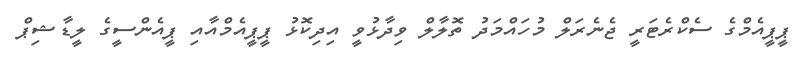
ޕީޕީއެމްގެ ސެކްރެޓަރީ ޖެނެރަލް މުހައްމަދު ތޮލާލް ވިދާޅުވީ އިދިކޮޅު ޕީޕީއެމްއާއި ޕީއެންސީގެ ލީޑާޝިޕް